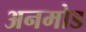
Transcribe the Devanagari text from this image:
अनमोड